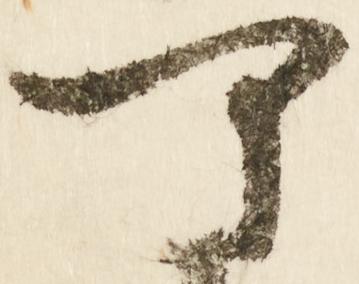
可